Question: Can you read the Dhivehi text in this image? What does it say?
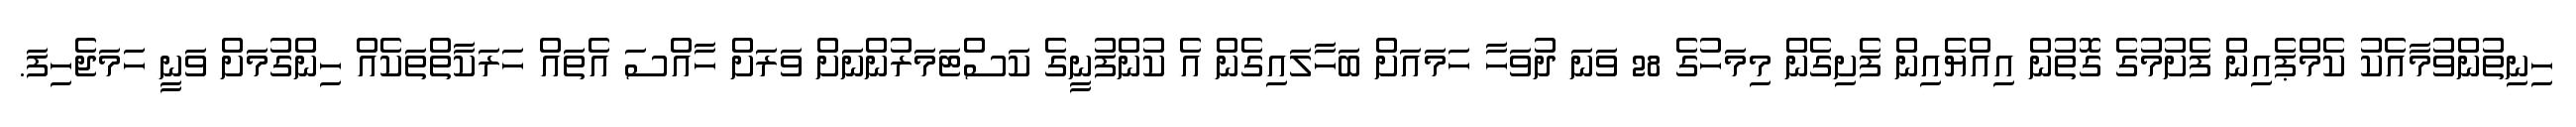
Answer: ހިނިތުންވުމާއެކު ކެމްޕެއިން ފެށުމުގެ ގޮތުން އިއްޔެއިން ފެށިގެން މިމަހުގެ 28 ވަނަ ދުވަހާ ހަމައަށް ބަހާލައިގެން އެ ކުންފުނީގެ ކަސްޓަމަރުންނަށް ވަރަށް ހާއްސަ އެތައް ހަރަކާތްތަކެއް ހިންގުމަށް ވަނީ ހަމަޖެހިފަ.